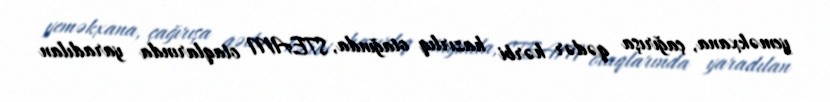
yeməkxana, çağırışa qədər hərbi hazırlıq otağında, STEAM otaqlarında yaradılan